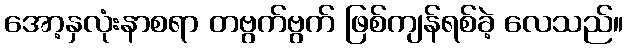
အော့နှလုံးနာစရာ တဗွက်ဗွက် ဖြစ်ကျန်ရစ်ခဲ့ လေသည်။